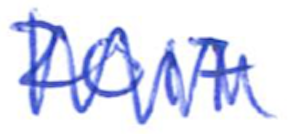
Text: 2017
Cross-out: mix
Writing tool: ballpoint